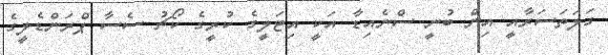
ގަލަތަސަރާއީ އިން ބުނީ ސްނެއިޑާ އަކީ އިޓަލީގެ ކުރީގެ ކޯޗު ސެސާ ޕްރަންޑެލީގެ